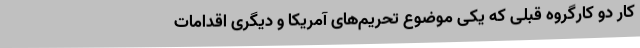
کار دو کارگروه قبلی که یکی موضوع تحریم‌های آمریکا و دیگری اقدامات